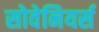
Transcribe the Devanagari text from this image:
सोवेनियर्स